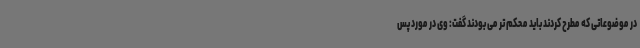
در موضوعاتی که مطرح کردند باید محکم تر می بودند گفت: وی در مورد پس